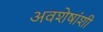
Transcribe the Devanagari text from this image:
अवशेषांशी